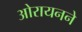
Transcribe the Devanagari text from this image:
ओरायनने